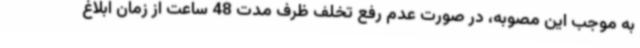
به موجب این مصوبه، در صورت عدم رفع تخلف ظرف مدت 48 ساعت از زمان ابلاغ